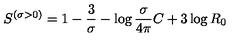
S ^ { \left( { \sigma > 0 } \right) } = 1 - { \frac { 3 } { \sigma } } - \log { \frac { \sigma } { 4 \pi } } C + 3 \log R _ { 0 }